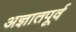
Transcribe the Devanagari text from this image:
अज्ञातपूर्व